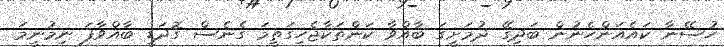
ހުސޭނާ ކައެއަންހެނުން ބަދިގޭ ދުމަށީގަ ބާއްވާ ކަންތަކާޖެހިގަތީމަ ގެނެސް ގޮދަޑީ ބާއްވާފަ ނިމުނީމަ